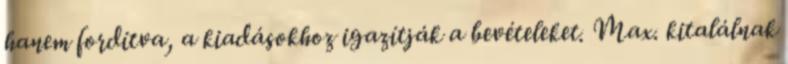
hanem fordítva, a kiadásokhoz igazítják a bevételeket. Max. kitalálnak